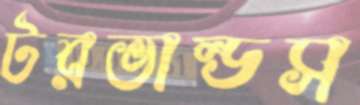
টরভাল্ডস